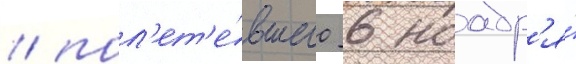
/ пол'ет'е́вшего 6 ноабр'я́